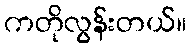
ကတိုလွန်းတယ်။